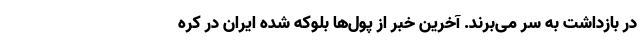
در بازداشت به سر می‌برند. آخرین خبر از پول‌ها بلوکه شده ایران در کره